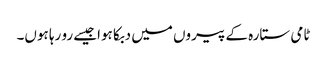
ٹامی ستارہ کے پیروں میں دبکا ہواجیسے رو رہا ہوں۔